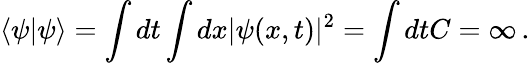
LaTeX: \langle\psi\vert\psi\rangle=\int dt\int dx\vert\psi(x,t)\vert^{2}=\int dtC=\infty\, .